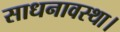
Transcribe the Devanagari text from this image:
साधनावस्था।